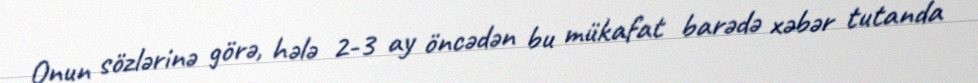
Onun sözlərinə görə, hələ 2-3 ay öncədən bu mükafat barədə xəbər tutanda